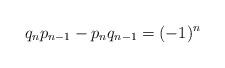
LaTeX: \begin{align*} q_n p_{n - 1} - p_n q_{n - 1} = ( -1 )^n \end{align*}